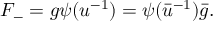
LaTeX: F _ { - } = g \psi ( u ^ { - 1 } ) = \psi ( \bar { u } ^ { - 1 } ) \bar { g } .